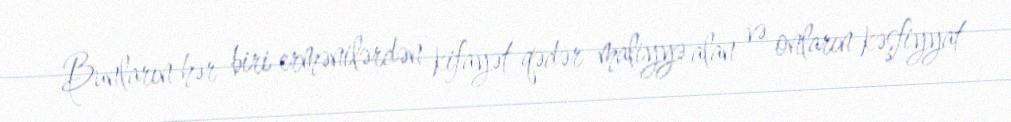
Bunların hər biri ermənilərdən kifayət qədər maliyyə alan və onların kəşfiyyat